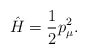
\begin{align*}{\hat H} =\frac{1}{2} p^2_\mu. \end{align*}